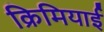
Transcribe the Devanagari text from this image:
क्रिमियाई